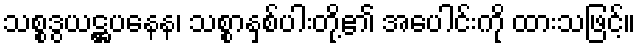
သစ္စဒွယဋ္ဌပနေန၊ သစ္စာနှစ်ပါးတို့၏ အပေါင်းကို ထားသဖြင့်။